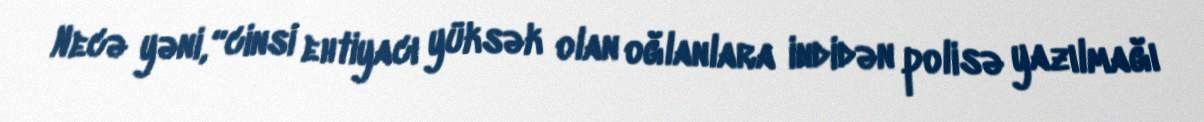
Necə yəni, “cinsi ehtiyacı yüksək olan oğlanlara indidən polisə yazılmağı